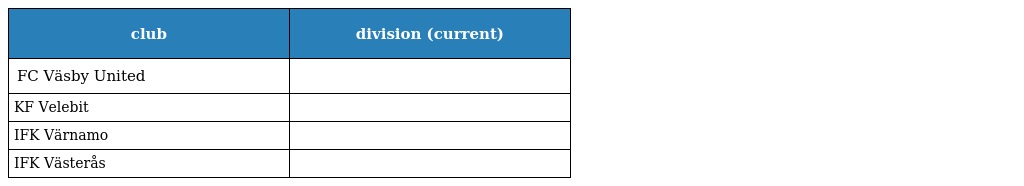
| club | division (current) |
 | --- | --- |
 | FC Väsby United |  |
 | KF Velebit |  |
 | IFK Värnamo |  |
 | IFK Västerås |  |